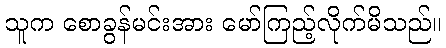
သူက စောခွန်မင်းအား မော်ကြည့်လိုက်မိသည်။